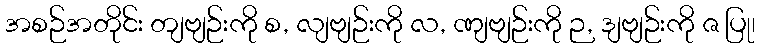
အစဉ်အတိုင်း တျဗျဉ်းကို စ, လျဗျဉ်းကို လ, ဏျဗျဉ်းကို ဉ, ဒျဗျဉ်းကို ဇ ပြု၊